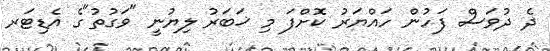
ދެ ދުވަސް ފަހުން ހައްޔަރު ކޮށްފަ މި ޚަބަރު ލިޔުނީ "ވަގުތު"ގެ އެޑިޓަރ